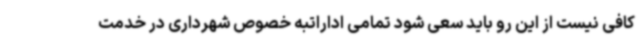
کافی نیست از این رو باید سعی شود تمامی اداراتبه خصوص شهرداری در خدمت